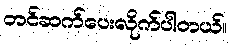
တင်ဆက်ပေးလိုက်ပါတယ်။